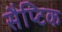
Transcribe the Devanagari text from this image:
सैप्टिक